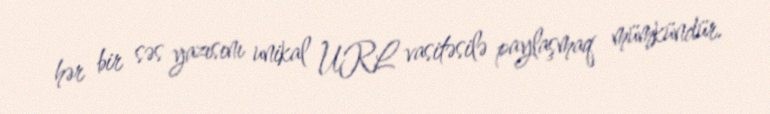
hər bir səs yazısını unikal URL vasitəsilə paylaşmaq mümkündür.